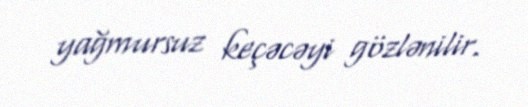
yağmursuz keçəcəyi gözlənilir.